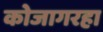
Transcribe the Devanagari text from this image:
कोजागरहा